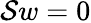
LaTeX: \mathcal{S}w=0